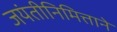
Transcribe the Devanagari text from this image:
जयंतीनिमित्ताने